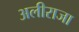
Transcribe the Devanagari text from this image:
अलीराजा